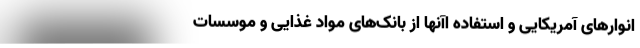
انوارهای آمریکایی و استفاده اآنها از بانک‌های مواد غذایی و موسسات